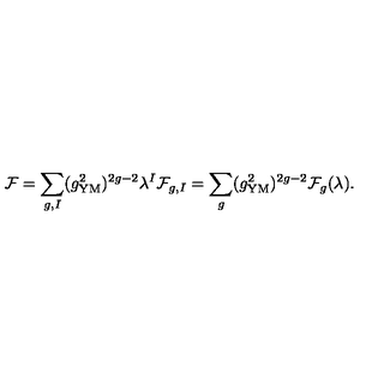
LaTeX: { \cal F } = \sum _ { g , I } ( g _ { \mathrm { Y M } } ^ { 2 } ) ^ { 2 g - 2 } \lambda ^ { I } { \cal F } _ { g , I } = \sum _ { g } ( g _ { \mathrm { Y M } } ^ { 2 } ) ^ { 2 g - 2 } { \cal F } _ { g } ( \lambda ) .